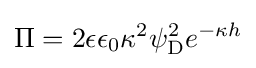
\Pi =2\epsilon \epsilon _{0}\kappa ^{2}\psi _{\rm {D}}^{2}e^{-\kappa h}